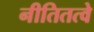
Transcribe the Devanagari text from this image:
नीतितत्वे